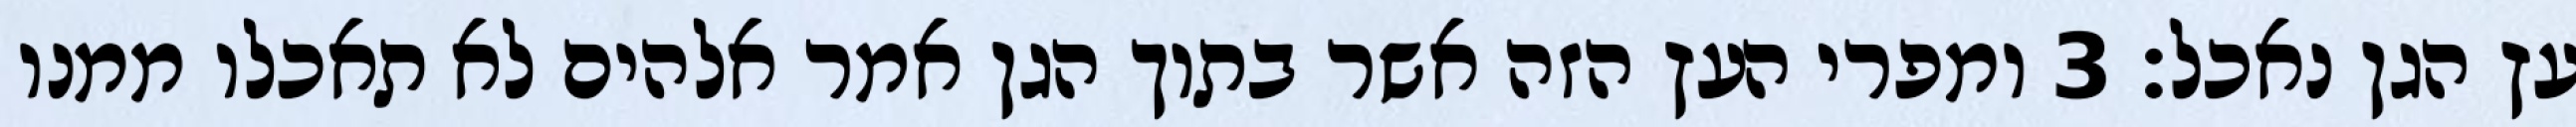
עץ הגן נאכל׃ ‎3‏ ומפרי העץ הזה אשר בתוך הגן אמר אלהים לא תאכלו ממנו